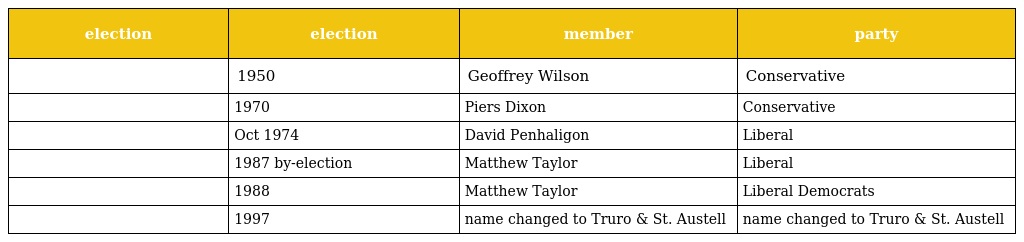
| election | election | member | party |
 | --- | --- | --- | --- |
 |  | 1950 | Geoffrey Wilson | Conservative |
 |  | 1970 | Piers Dixon | Conservative |
 |  | Oct 1974 | David Penhaligon | Liberal |
 |  | 1987 by-election | Matthew Taylor | Liberal |
 |  | 1988 | Matthew Taylor | Liberal Democrats |
 |  | 1997 | name changed to Truro & St. Austell | name changed to Truro & St. Austell |